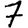
Digit: 7